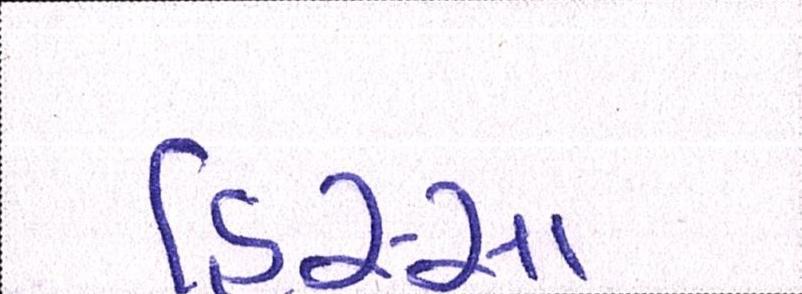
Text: હિસ્સા